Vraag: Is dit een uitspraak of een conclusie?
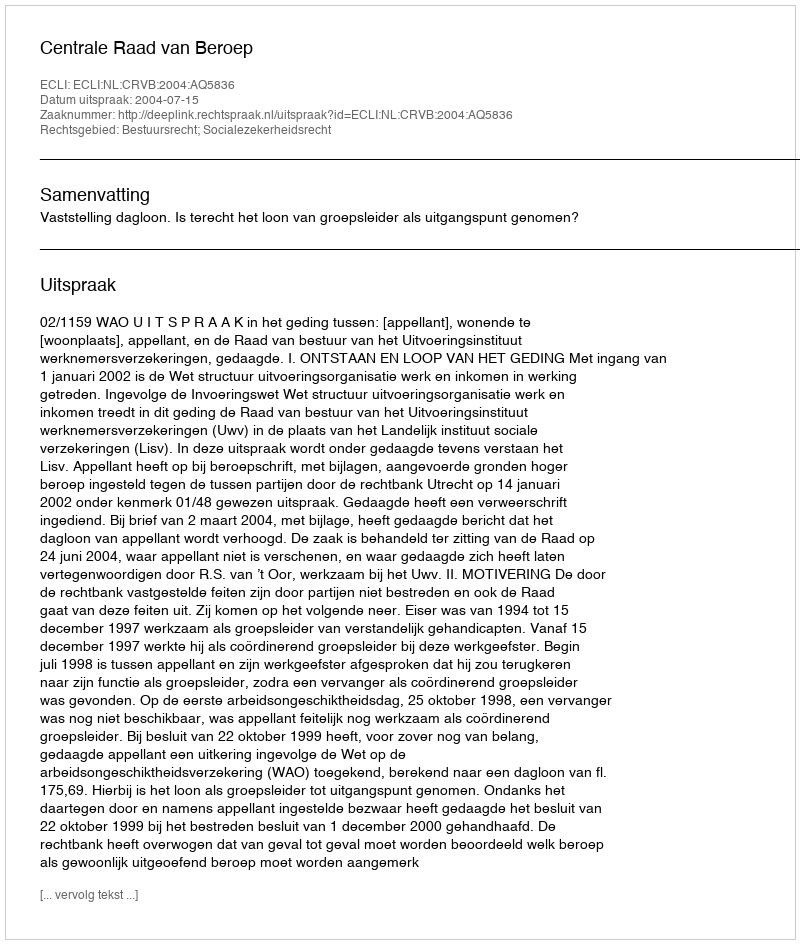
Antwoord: Uitspraak